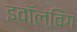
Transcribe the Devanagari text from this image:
इवॉल्विंग